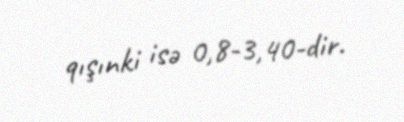
qışınki isə 0,8-3,40-dir.